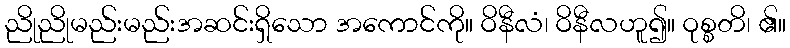
ညိုညိုမည်းမည်းအဆင်းရှိသော အကောင်ကို။ ဝိနီလံ၊ ဝိနီလဟူ၍။ ဝုစ္စတိ၊ ၏။